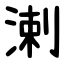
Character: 溂